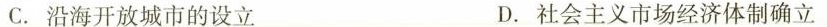
C. 沿海开放城市的设立 D. 社会主义市场经济体制确立